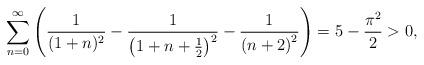
LaTeX: \begin{align*}\sum_{n=0}^\infty\left(\frac{1}{(1+n)^2}-\frac{1}{\left(1+n+\frac{1}{2}\right)^2}-\frac{1}{\left(n+2\right)^2}\right) = 5-\frac{\pi^2}{2}>0,\end{align*}